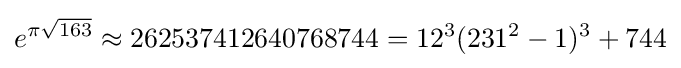
e^{\pi {\sqrt {163}}}\approx 262537412640768744=12^{3}(231^{2}-1)^{3}+744